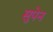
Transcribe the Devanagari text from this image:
सुपेन